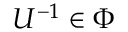
U ^ { - 1 } \in \Phi